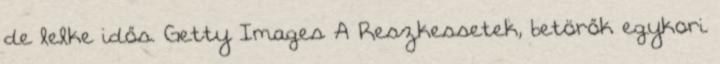
de lelke idős. Getty Images A Reszkessetek, betörők egykori